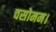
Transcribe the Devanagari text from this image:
वसोमम।